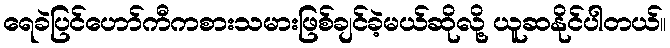
ရေခဲပြင်ဟော်ကီကစားသမားဖြစ်ချင်ခဲ့မယ်ဆိုလို့ ယူဆနိုင်ပါတယ်။